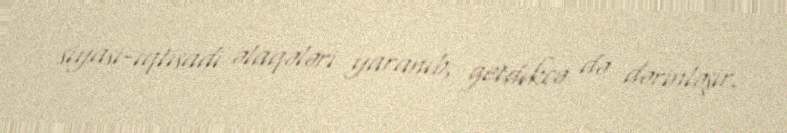
siyasi-iqtisadi əlaqələri yaranıb, getdikcə də dərinləşir.